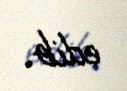
edib.